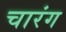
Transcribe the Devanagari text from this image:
चारंग